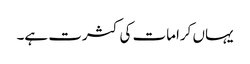
یہاں کرامات کی کثرت ہے۔